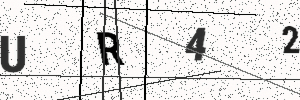
Text: UR42